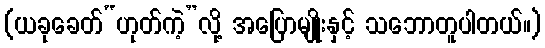
(ယခုခေတ်“ဟုတ်ကဲ့”လို့ အပြောမျိုးနှင့် သဘောတူပါတယ်။)